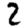
Digit: 2